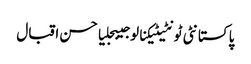
پاکستانٹی ٹونٹیٹیکنالوجیبجلیاحسن اقبال